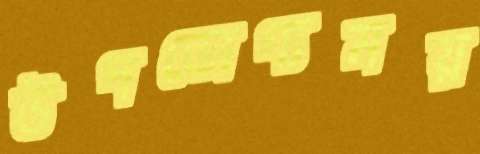
উপভোগ্যময়